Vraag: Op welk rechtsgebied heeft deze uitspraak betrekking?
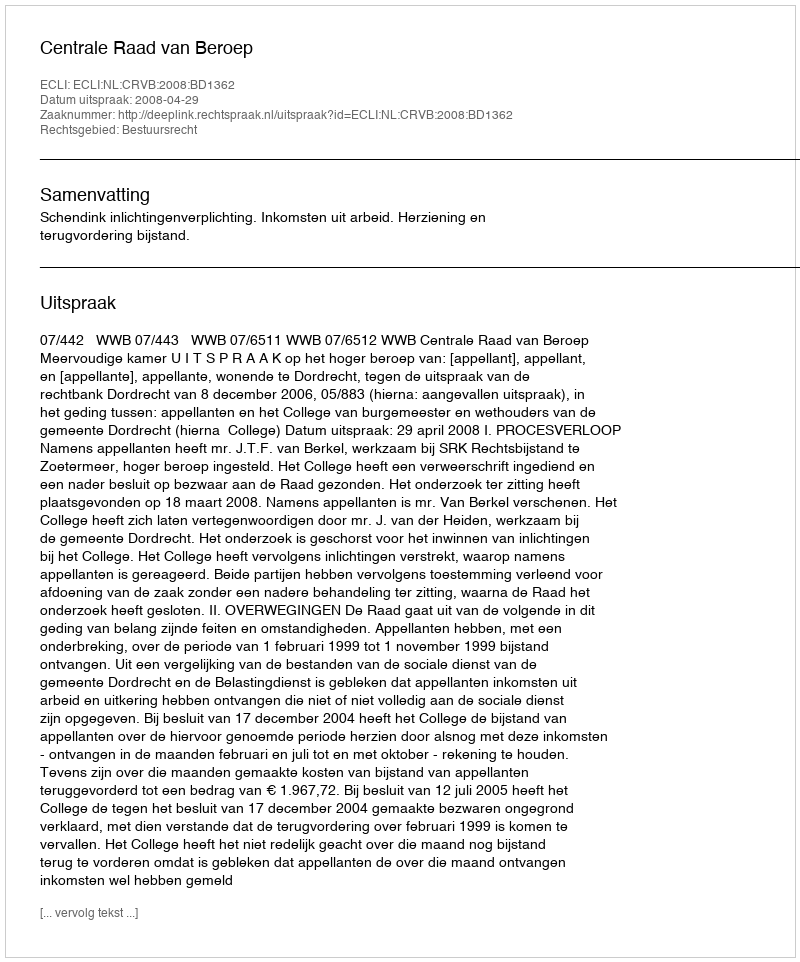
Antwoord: Bestuursrecht